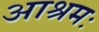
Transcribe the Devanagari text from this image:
आश्रमः